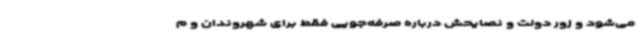
می‌شود و زور دولت و نصایحش درباره صرفه‌جویی فقط برای شهروندان و م